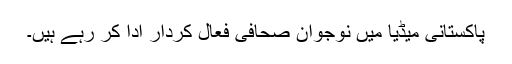
پاکستانی میڈیا میں نوجوان صحافی فعال کردار ادا کر رہے ہیں۔